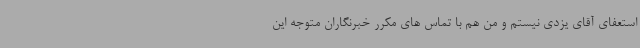
استعفای آقای یزدی نیستم و من هم با تماس های مکرر خبرنگاران متوجه این